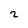
Character: 2